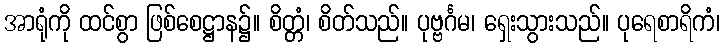
အာရုံကို ထင်စွာ ဖြစ်စေဋ္ဌာန၌။ စိတ္တံ၊ စိတ်သည်။ ပုဗ္ဗင်္ဂမ၊ ရှေးသွားသည်။ ပုရေစာရိကံ၊